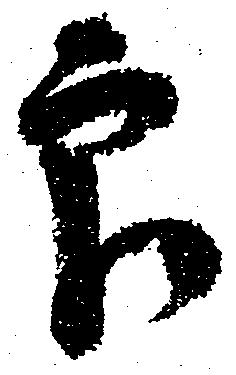
印